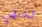
الجبهي